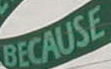
BECAUSE